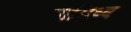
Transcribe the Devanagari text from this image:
प्रासिध्द